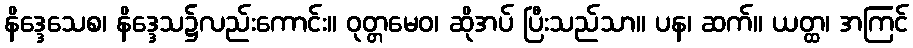
နိဒ္ဒေသေစ၊ နိဒ္ဒေသ၌လည်းကောင်း။ ဝုတ္တမေဝ၊ ဆိုအပ် ပြီးသည်သာ။ ပန၊ ဆက်။ ယတ္ထ၊ အကြင်